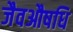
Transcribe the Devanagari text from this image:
जैवऔषधि